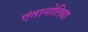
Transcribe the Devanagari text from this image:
एंतानोलिया